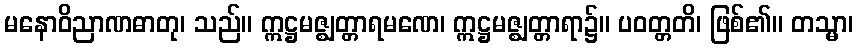
မနောဝိညာဏဓာတု၊ သည်။ ဣဋ္ဌမဇ္ဈတ္တာရမဏေ၊ ဣဋ္ဌမဇ္ဈတ္တာရာ၌။ ပဝတ္တတိ၊ ဖြစ်၏။ တသ္မာ၊